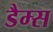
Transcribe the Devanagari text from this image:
डैम्स